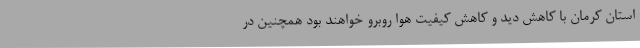
استان کرمان با کاهش دید و کاهش کیفیت هوا روبرو خواهند بود همچنین در